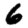
Digit: 6